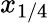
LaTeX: x_{1/4}